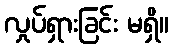
လှုပ်ရှားခြင်း မရှိ။